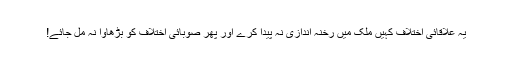
یہ علاقائی اختلاف کہیں ملک میں رخنہ اندازی نہ پیدا کرے اور پھر صوبائی اختلاف کو بڑھاوا نہ مل جائے!